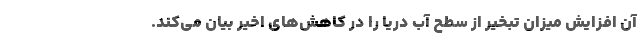
آن افزایش میزان تبخیر از سطح آب دریا را در کاهش‌های اخیر بیان می‌کند.